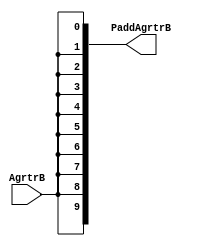
module Mux10x1 (AgrtrB,PaddAgrtrB);

	input AgrtrB;
	output [9:0] PaddAgrtrB;

assign PaddAgrtrB[0] = AgrtrB;
assign PaddAgrtrB[1] = AgrtrB;
assign PaddAgrtrB[2] = AgrtrB;
assign PaddAgrtrB[3] = AgrtrB;
assign PaddAgrtrB[4] = AgrtrB;
assign PaddAgrtrB[5] = AgrtrB;
assign PaddAgrtrB[6] = AgrtrB;
assign PaddAgrtrB[7] = AgrtrB;
assign PaddAgrtrB[8] = AgrtrB;
assign PaddAgrtrB[9] = AgrtrB;

endmodule